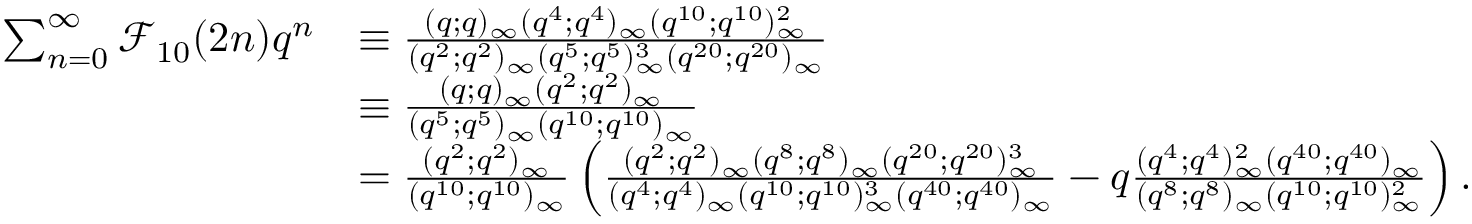
\begin{array} { r l } { \sum _ { n = 0 } ^ { \infty } \mathcal { F } _ { 1 0 } ( 2 n ) q ^ { n } } & { \equiv \frac { ( q ; q ) _ { \infty } ( q ^ { 4 } ; q ^ { 4 } ) _ { \infty } ( q ^ { 1 0 } ; q ^ { 1 0 } ) _ { \infty } ^ { 2 } } { ( q ^ { 2 } ; q ^ { 2 } ) _ { \infty } ( q ^ { 5 } ; q ^ { 5 } ) _ { \infty } ^ { 3 } ( q ^ { 2 0 } ; q ^ { 2 0 } ) _ { \infty } } } \\ & { \equiv \frac { ( q ; q ) _ { \infty } ( q ^ { 2 } ; q ^ { 2 } ) _ { \infty } } { ( q ^ { 5 } ; q ^ { 5 } ) _ { \infty } ( q ^ { 1 0 } ; q ^ { 1 0 } ) _ { \infty } } } \\ & { = \frac { ( q ^ { 2 } ; q ^ { 2 } ) _ { \infty } } { ( q ^ { 1 0 } ; q ^ { 1 0 } ) _ { \infty } } \left( \frac { ( q ^ { 2 } ; q ^ { 2 } ) _ { \infty } ( q ^ { 8 } ; q ^ { 8 } ) _ { \infty } ( q ^ { 2 0 } ; q ^ { 2 0 } ) _ { \infty } ^ { 3 } } { ( q ^ { 4 } ; q ^ { 4 } ) _ { \infty } ( q ^ { 1 0 } ; q ^ { 1 0 } ) _ { \infty } ^ { 3 } ( q ^ { 4 0 } ; q ^ { 4 0 } ) _ { \infty } } - q \frac { ( q ^ { 4 } ; q ^ { 4 } ) _ { \infty } ^ { 2 } ( q ^ { 4 0 } ; q ^ { 4 0 } ) _ { \infty } } { ( q ^ { 8 } ; q ^ { 8 } ) _ { \infty } ( q ^ { 1 0 } ; q ^ { 1 0 } ) _ { \infty } ^ { 2 } } \right) . } \end{array}